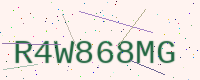
Text: R4W868MG